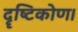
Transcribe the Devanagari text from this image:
दॄष्‍टिकोण।